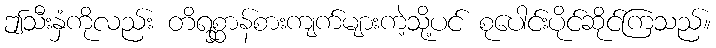
ဤသီးနှံကိုလည်း တိရစ္ဆာန်စားကျက်များကဲ့သို့ပင် စုပေါင်းပိုင်ဆိုင်ကြသည်။